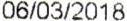
06/03/2018